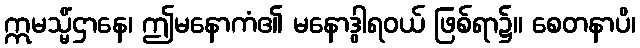
ဣမသ္မိံဌာနေ၊ ဤမနောကံ၏ မနောဒွါရဝယ် ဖြစ်ရာ၌။ စေတနာပိ၊